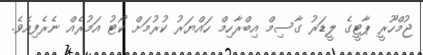
ޖުމްހޫރީ ޕާޓީގެ ލީޑަރު ގާސިމް އިބްރާހިމް ހައްޔަރު ކުރުމަށް ކޯޓު އަމުރެއް ނެރެފިއެވެ.